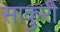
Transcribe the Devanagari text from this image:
साकुरी